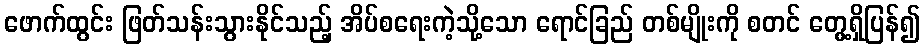
ဖောက်ထွင်း ဖြတ်သန်းသွားနိုင်သည့် အိပ်စရေးကဲ့သို့သော ရောင်ခြည် တစ်မျိုးကို စတင် တွေ့ရှိပြန်၍